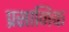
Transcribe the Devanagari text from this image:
प्रसानिक